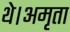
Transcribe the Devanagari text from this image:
थे।अमृता